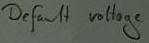
Text: Default voltage